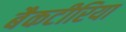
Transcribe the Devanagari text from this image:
बैकटीरिया